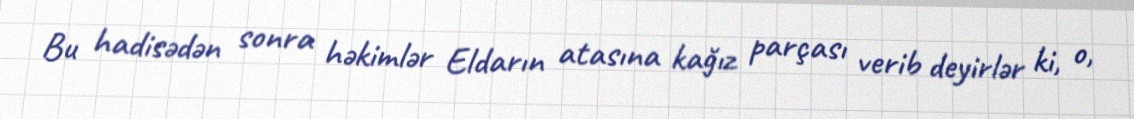
Bu hadisədən sonra həkimlər Eldarın atasına kağız parçası verib deyirlər ki, o,